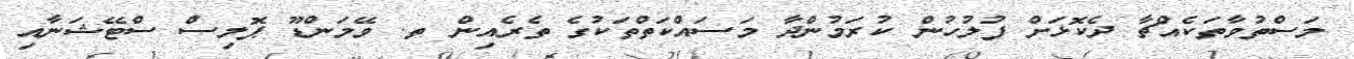
މަސްތުވާތަކެއްޗާ ދެކޮޅަށް ފުލުހުން ކުރަމުންދާ މަސައްކަތްތަކުގެ ތެރެއިން ތ. ވޭމަންޑޫ ޕޮލިސް ސްޓޭޝަނާއި